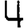
Digit: 4